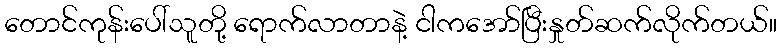
တောင်ကုန်းပေါ်သူတို့ ရောက်လာတာနဲ့ ငါကအော်ပြီးနှုတ်ဆက်လိုက်တယ်။